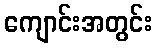
ကျောင်းအတွင်း